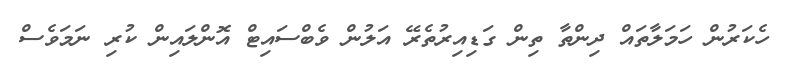
ހެކަރުން ހަމަލާތައް ދިންތާ ތިން ގަޑިއިރުތެރޭ އަލުން ވެބްސައިޓް އޮންލައިން ކުރި ނަމަވެސް